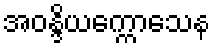
အဝန္ဒိယက္ကောသေန